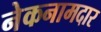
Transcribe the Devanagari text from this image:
नेकनामदार